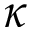
\kappa